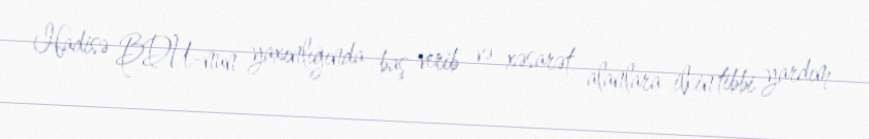
Hadisə BDU-nun yaxınlığında baş verib və xəsarət alanlara ilkin tibbi yardım